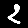
Digit: 2